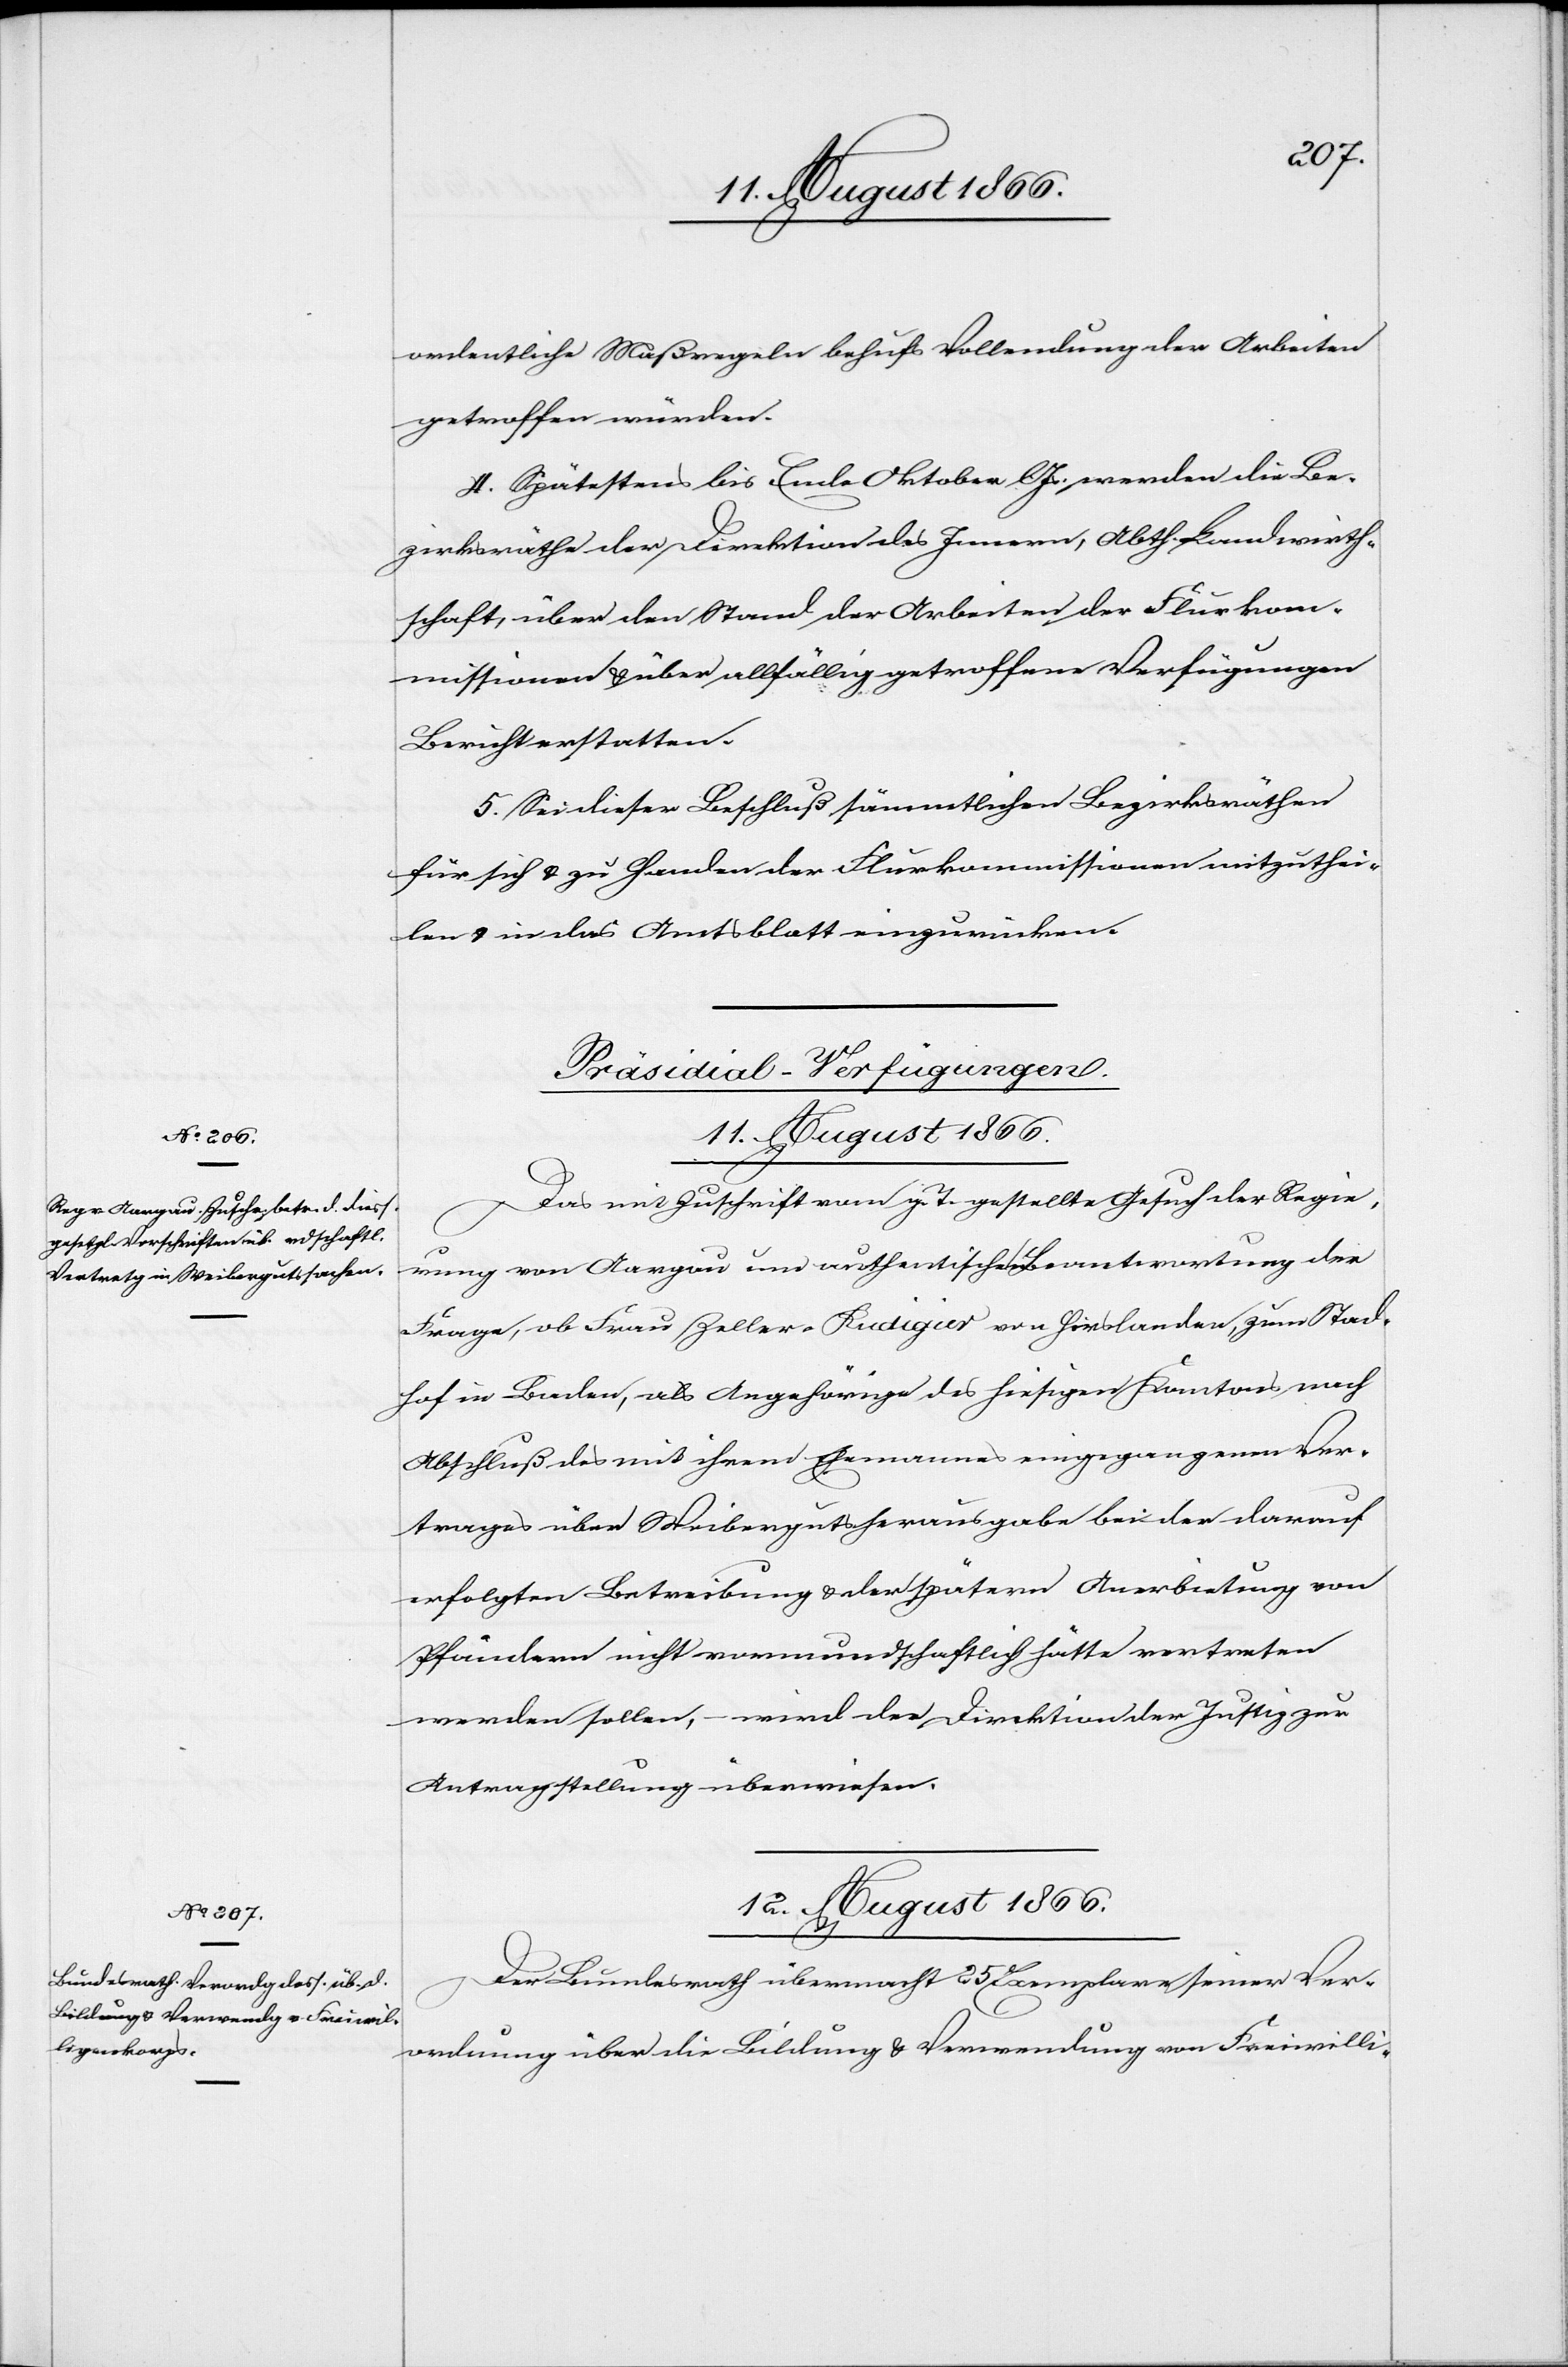
ordentliche [sic!] Maßregeln behufs Vollendung der Arbeiten
getroffen würden.
4. Spätestens bis Ende Oktober lJs werden die Be¬
zirksräthe der Direktion des Innern, Abth. Landwirth¬
schaft, über den Stand der Arbeiten der Flurkom¬
missionen u. über allfällig getroffene Verfügungen
Bericht erstatten.
5. Sei dieser Beschluß sämmtlichen Bezirksräthen
für sich u. zu Handen der Flurkommissionen mitzuthei¬
len u. in das Amtsblatt einzurücken.
[Präsidial-Verfügungen.]
12. August 1866.
Das mit Zuschrift vom g. T. gestellte Gesuch der Regie¬
rung von Aargau um authentische Beantwortung der
Frage, ob Frau Zeller-Rudigier von Hirslanden, zum Stad¬
hof in Baden, als Angehörige des hiesigen Kantons nach
Abschluß des mit ihrem Ehemannes eingegangenen Ver¬
trages über Weibergutsherausgabe bei der darauf
erfolgten Betreibung u. der spätern Anerbietung von
Pfändern nicht vormundschaftlich hätte vertreten
werden sollen, – wird der Direktion der Justiz zur
Antragstellung überwiesen.
De¬
r Bundesrath übermacht 25 Exemplare seiner Ver¬
ordnung über die Bildung u. Verwendung von Freiwilli-